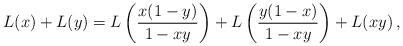
LaTeX: \begin{align*} L(x) + L(y) = L\left(\frac{x(1-y)}{1-xy}\right) + L\left(\frac{y(1-x)}{1-xy}\right) + L(xy) \,,\end{align*}